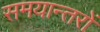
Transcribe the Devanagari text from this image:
समयान्तरों